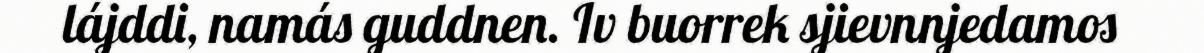
lájddi, namás guddnen. Iv buorrek sjievnnjedamos